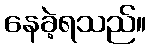
နေခဲ့ရသည်။